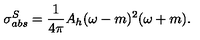
\sigma _ { a b s } ^ { S } = \frac { 1 } { 4 \pi } A _ { h } ( \omega - m ) ^ { 2 } ( \omega + m ) .